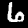
Digit: 6